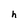
Character: h